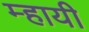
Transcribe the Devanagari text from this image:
म्हायी